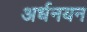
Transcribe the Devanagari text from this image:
अर्धनयन